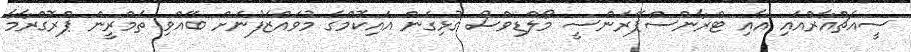
ސީއެޗްއާރްއައި އާއި ޓްރާންސްޕޭރަންސީ މޯލްޑިވްސް ގުޅިގެން އައިކޮމްގެ މުވައްޒަފުނަށް ބޭއްވި ތަމްރީން ޕްރޮގްރާމާ